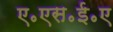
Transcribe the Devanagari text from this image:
ए॰एस॰ई॰ए